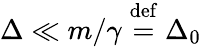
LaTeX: \begin{array}{r}{\Delta\ll\left.m\right/\gamma\stackrel{\mathrm{def}}{=}\Delta_{0}}\end{array}